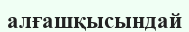
алғашқысындай